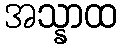
အသ္နာထ